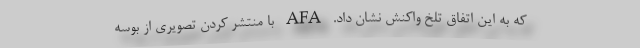
که به این اتفاق تلخ واکنش نشان داد. AFA با منتشر کردن تصویری از بوسه